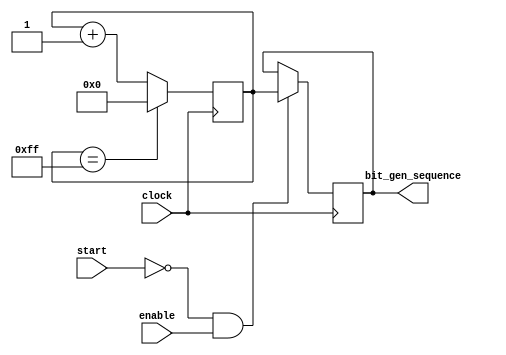
`timescale 1ns / 1ps
//////////////////////////////////////////////////////////////////////////////////
// Company: 
// Engineer: 
// 
// Design Name: 
// Module Name: Random_number_generator
// Project Name: 
// Target Devices: 
// Tool Versions: 
// Description: 
// 
// Dependencies: 
// 
// Revision:
// Revision 0.01 - File Created
// Additional Comments:
// 
//////////////////////////////////////////////////////////////////////////////////

module Random_number_generator(
    output [7:0]    bit_gen_sequence,
    input           clock,
    input           enable,   // Enable number output
    input           start     // Start the game by generating random 8-bit sequence
    );
    
reg [7:0] ran_bits;
reg [7:0] bit_gen_reg;
    
always @(posedge clock) begin
    if(ran_bits == 8'hff) 
        ran_bits    <= 0;
    else 
        ran_bits    <= ran_bits + 1;
    if((start == 0) && (enable == 1)) 
        bit_gen_reg <= ran_bits;  // 0 if start is pressed
    end
    
assign bit_gen_sequence = bit_gen_reg;

endmodule